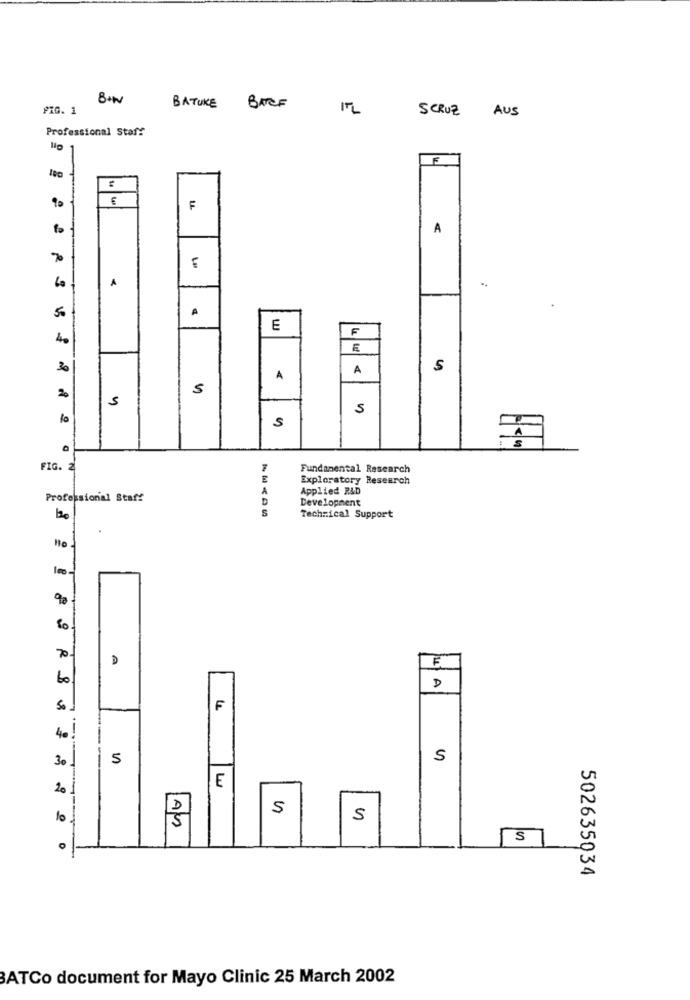
FIG. 1
BATUKE BATCF
1TL
SCRUZ AUS
Professional Staff
NO
90
F
A
70
€
A
A
50
E
F
4.
E
30
A
S
A
2
5
5
5
S
FIG. 2
Fundamental Research
Exploratory Research
A
Applied R&D
Professional Staff
D
Development
Technical Support
70
D
60
D
LA
So
F
4.
30
5
S
201
E
5
10
5
5
S
502635034
BATCo document for Mayo Clinic 25 March 2002